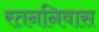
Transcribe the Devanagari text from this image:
रतननिवास